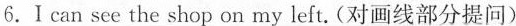
6.Ⅰcan sce \underline{the shop} on my left. (对画线部分提问)